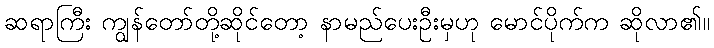
ဆရာကြီး ကျွန်တော်တို့ဆိုင်တော့ နာမည်ပေးဦးမှဟု မောင်ပိုက်က ဆိုလာ၏။